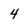
Character: 4